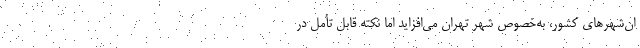
ان‌شهرهای کشور، به‌خصوص شهر تهران می‌افزاید اما نکته قابل تأمل در